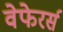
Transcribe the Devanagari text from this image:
वेफेरर्स